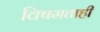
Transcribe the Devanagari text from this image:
विषमताही